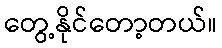
တွေ့နိုင်တော့တယ်။